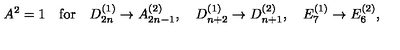
A ^ { 2 } = 1 \quad \mathrm { f o r } \quad D _ { 2 n } ^ { ( 1 ) } \to A _ { 2 n - 1 } ^ { ( 2 ) } , \quad D _ { n + 2 } ^ { ( 1 ) } \to D _ { n + 1 } ^ { ( 2 ) } , \quad E _ { 7 } ^ { ( 1 ) } \to E _ { 6 } ^ { ( 2 ) } ,